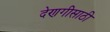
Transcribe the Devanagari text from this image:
देणगीसाठी